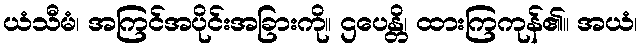
ယံသီမံ၊ အကြင်အပိုင်းအခြားကို။ ဌပေန္တိ၊ ထားကြကုန်၏။ အယံ၊